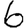
Digit: 6